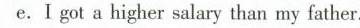
e.I got a higher salary than my father.